Report on lock hospitals in British Burma
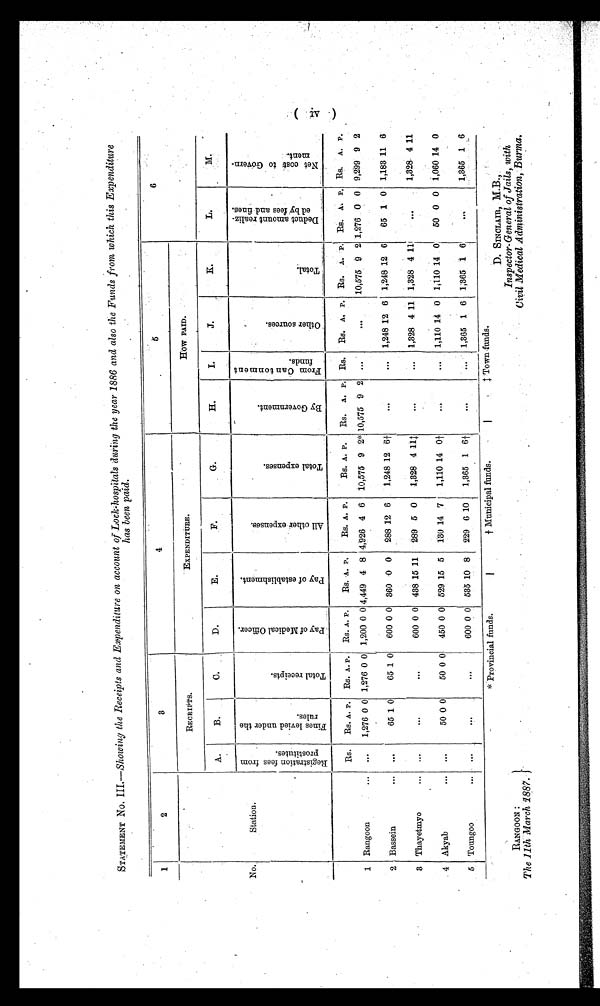
t Municipal funds.
/ Town-funds.
D. SINCLAIR, M.B.,
Inspector-General of Jails, with
Civil Medical Administration, Burma.
*Provincial funds.
RANGOON :
The 11th March 1887.}
STATEMENT No. 111.—Showing the Receipts and Expenditure on account of Lock-hospitals during the year 1886 and also the Funds from which this Expenditure
has been paid.
1
.
2
3
4
.5
6
–
.
RECEIPTS.
EXPENDITURE.
How PAID.
'
A.
B.
C.
D.
E.
F.
G.
H.
I.
J.
K.
L.
M.
No.
Station.
.
. R e g i s t r a t i o n f e e s f r o m p r o s t i t u t e s .
F i n e s l e v i e d u n d e r t h e r u l e s .
Rs. A. P.
T o t a l r e c e i p t s
RS. A. P.
P a y o f M e d i c a l O f f i c e r .
Rs. A. P.
P a y o f e s t a b l i s h m e n t .
Rs. A. P.
A l l o t h e r e x p e n s e s .
Rs. A. P.
T o t a l e x p e n s e s .
Rs. A. P.
B y G o v e r n m e n t .
Rs. A. P.
F r o m c a n t o n m e n t f u n d s .
R s . A . P .
O t h e r s o u r c e s .
Rs. A, P.
T o t a l
R s .
A .
P .
D e d u c t a m o u n t r e a l i z e d b y f e e s a n d f i n e s .
R s .
A .
P .
Net cost t o Government . Rs. A. P
1 Rangoon
... ...
1,276 0 0 1,276 0 0 1,200 0 0 4,449 4 8 4,926 4 6 10,575 9 2* 10,575 9 2 ...
..0
10,575 9 2 1,276 0 0 9,299 9 2
2 Bassein
. . . ".
65 1 0
65 1 0
600 0 0 360 .0 0 288 12 6
1,248 12 6+
. . .
... 1,248 12 6 1,248 12 6
65 1 0 1,183 11 6
3 Thayetinyo
...
. . .
. . .
..11
600 0 0 438 15 11
289 5 0
1,328 4 11t
. . .
... 1,328 4 11 1,328 4 111
...
1,328. 4 11.
4 Akyab
... ...
50 0 0
50 0 0
450 0 0 529 15 5
130 14 7
1,110 14 0 - 1-
...
. . . 1,110 14 0 1,110 14 0
50 0 0 1,060 14 0
5 Tormgoo
... ...
. . . I
. . .
600 0 0 535 10 8 229 6 10
1,365 1 6+
. . .
... 1,365 1 6 1,365 1 6
....
1,365 1 6
1-1.